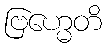
ဗြဟ္မေတိ